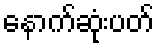
နောက်ဆုံးပတ်